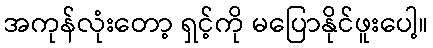
အကုန်လုံးတော့ ရှင့်ကို မပြောနိုင်ဖူးပေါ့။